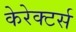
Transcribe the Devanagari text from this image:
केरेक्टर्स